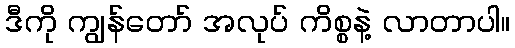
ဒီကို ကျွန်တော် အလုပ် ကိစ္စနဲ့ လာတာပါ။